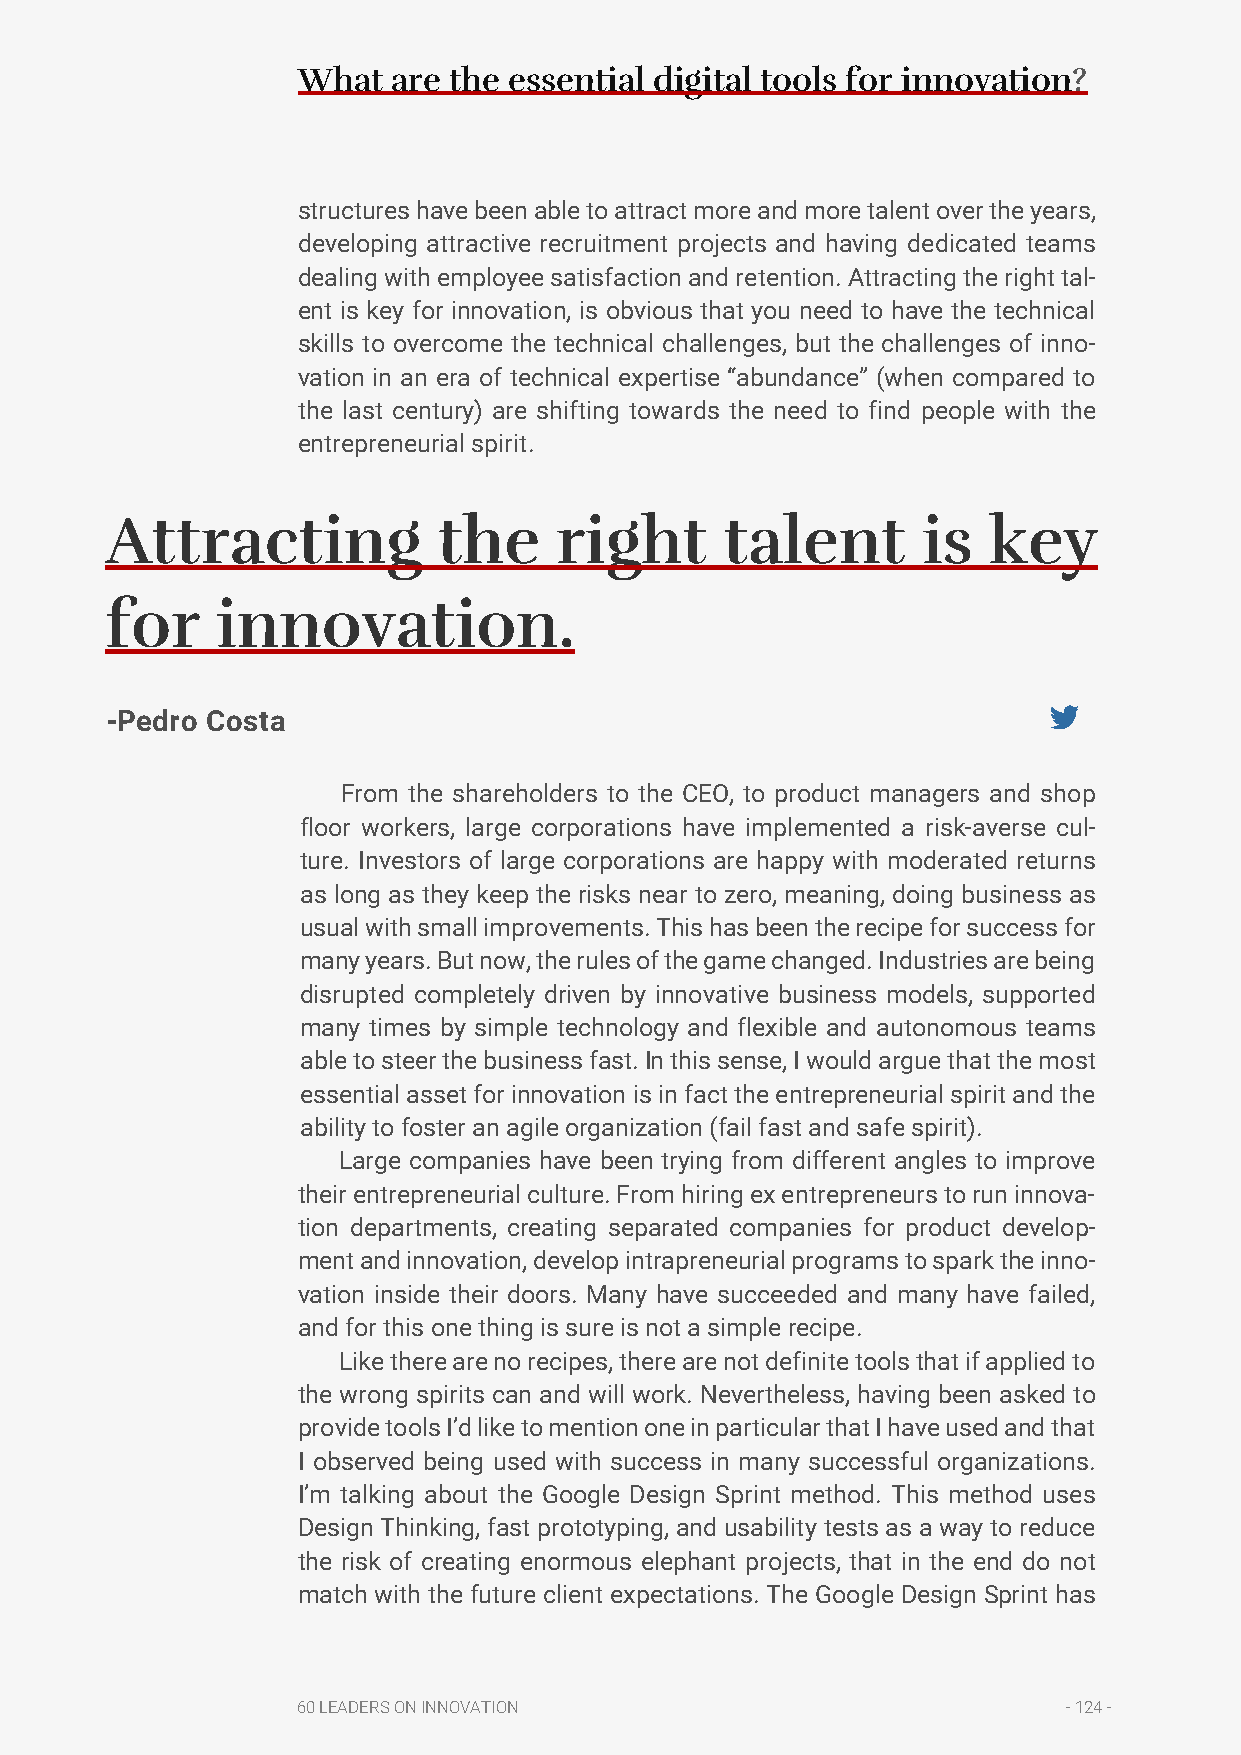
What  are the essential digital tools for innovation?
 structures have been able to attract more and more talent over the years,
 developing attractive recruitment projects and having dedicated teams
 dealing with employee satisfaction and retention. Attracting the right tal-
 ent is key for innovation, is obvious that you need to have the technical
 skills to overcome the technical challenges, but the challenges of inno-
 vation in an era of technical expertise “abundance” (when compared to
 the last century) are shifting towards the need to find people with the
 entrepreneurial spirit.
 Attracting            the     right      talent       is  key
 for    innovation.
 -Pedro Costa
 From the shareholders to the CEO, to product managers and shop
 floor workers, large corporations have implemented a risk-averse cul-
 ture. Investors of large corporations are happy with moderated returns
 as long as they keep the risks near to zero, meaning, doing business as
 usual with small improvements. This has been the recipe for success for
 many years. But now, the rules of the game changed. Industries are being
 disrupted completely driven by innovative business models, supported
 many times by simple technology and flexible and autonomous teams
 able to steer the business fast. In this sense, I would argue that the most
 essential asset for innovation is in fact the entrepreneurial spirit and the
 ability to foster an agile organization (fail fast and safe spirit).
 Large companies have been trying from different angles to improve
 their entrepreneurial culture. From hiring ex entrepreneurs to run innova-
 tion departments, creating separated companies for product develop-
 ment and innovation, develop intrapreneurial programs to spark the inno-
 vation inside their doors. Many have succeeded and many have failed,
 and for this one thing is sure is not a simple recipe.
 Like there are no recipes, there are not definite tools that if applied to
 the wrong spirits can and will work. Nevertheless, having been asked to
 provide tools I’d like to mention one in particular that I have used and that
 I observed being used with success in many successful organizations.
 I’m talking about the Google Design Sprint method. This method uses
 Design Thinking, fast prototyping, and usability tests as a way to reduce
 the risk of creating enormous elephant projects, that in the end do not
 match with the future client expectations. The Google Design Sprint has
 60 LEADERS ON INNOVATION                           - 124 -